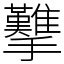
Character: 𢺋